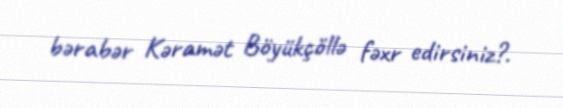
bərabər Kəramət Böyükçöllə fəxr edirsiniz?.